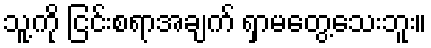
သူ့ကို ငြင်းစရာအချက် ရှာမတွေ့သေးဘူး။